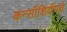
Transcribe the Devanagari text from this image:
कन्सॉशिर्यमचे